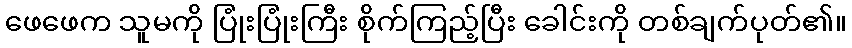
ဖေဖေက သူမကို ပြုံးပြုံးကြီး စိုက်ကြည့်ပြီး ခေါင်းကို တစ်ချက်ပုတ်၏။